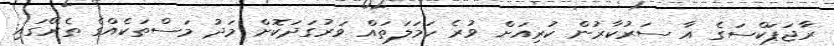
ރާޖަޕަކްސަގެ އާ ސަރުކާރުން ކުރިއަށް ވުރެ ހަމަލަތައް ވަރުގަދަކޮށް މަދު މަސްތަކެއްގެ ތެރޭގައި